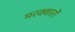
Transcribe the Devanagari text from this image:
मरक्कारों